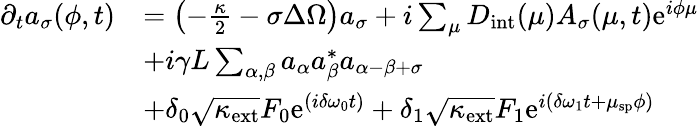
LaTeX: \begin{array}{rl}{\partial_{t}a_{\sigma}(\phi,t)}&{=\left(-\frac{\kappa}{2}-\sigma\Delta\Omega\right)a_{\sigma}+i\sum_{\mu}D_{\mathrm{int}}(\mu)A_{\sigma}(\mu,t)\mathrm{e}^{i\phi\mu}}\\ &{+i\gamma L\sum_{\alpha,\beta}a_{\alpha}a_{\beta}^{*}a_{\alpha-\beta+\sigma}}\\ &{+\delta_{0}\sqrt{\kappa_{\mathrm{ext}}}F_{0}\mathrm{e}^{(i\delta\omega_{0}t)}+\delta_{1}\sqrt{\kappa_{\mathrm{ext}}}F_{1}\mathrm{e}^{i(\delta\omega_{1}t+\mu_{\mathrm{sp}}\phi)}}\end{array}